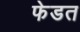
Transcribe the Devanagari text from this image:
फेडत